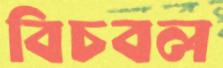
বিচবল